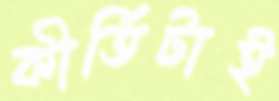
কীর্তিটাই